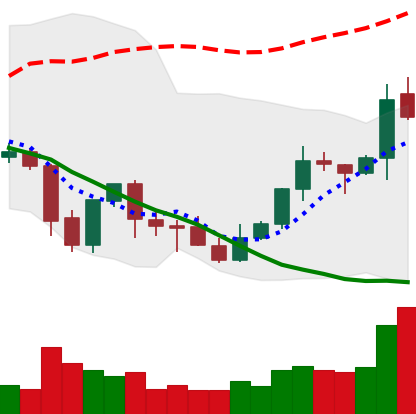
Ticker: XLM-USD
Chart end date: 2021-10-07
Forward return: -3.187%
Label: down_3_5